Lunatic asylums Punjab 1895-1910 - 1895-1910
Year: 1895
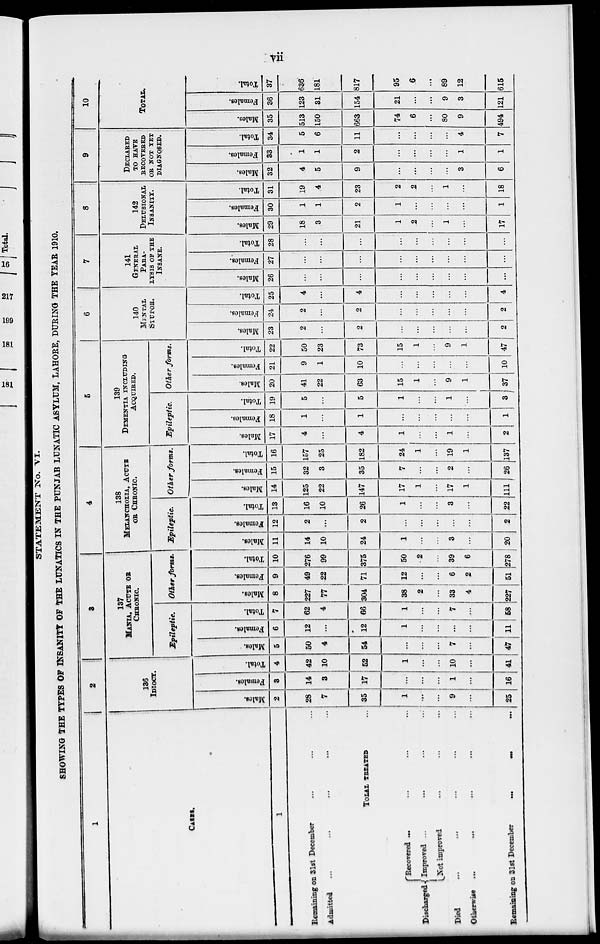
vii
STATEMENT No. VI.
SHOWING THE TYPES OF INSANITY OF THE LUNATICS IN THE PUNJAB LUNATIC ASYLUM, LAHORE, DURING THE YEAR 1910.
1
CASES.
1
Remaining on 3lst December ... ... ...
Admitted ... ... ... ... ...
TOTAL TREATED ...
Discharged
Recovered ... ... ... ...
Improved ... ... ... ...
Not improved ... ... ...
Died ... ... ... ... ...
Otherwise ... ... ... ... ...
Remaining on 31st December
...
...
...
2
136
IDIOCY.
Males.
2
28
7
35
1
...
...
9
...
25
Females.
3
14
3
17
...
...
...
1
...
16
Total.
4
42
10
52
1
...
...
10
...
41
3
137
MANIA, ACUTE OR
CHRONIC.
Epileptic.
Males.
5
50
4
54
...
...
...
7
...
47
Females.
6
12
...
12
1
...
...
...
...
11
Total.
7
62
4
66
1
...
...
7
...
58
Other forms.
Males.
8
227
77
304
38
2
...
33
4
227
Females.
9
49
22
71
12
...
...
6
2
51
Total.
10
276
99
375
50
2
...
39
6
278
4
138
MELANCHOLIA, ACUTE
OR CHRONIC
Epileptic.
Males.
11
14
10
24
1
...
...
3
...
20
Females.
12
2
...
2
...
...
...
...
...
2
Total.
13
16
10
26
1
...
...
3
...
22
Other forms.
Males.
14
125
22
147
17
1
...
17
1
111
Females.
15
32
3
35
7
...
...
2
...
26
Total.
16
157
25
182
24
1
...
19
1
137
5
139
DEMENTIA INCLUDING
ACQUIRED.
Epileptic.
Males.
17
4
...
4
1
...
...
1
...
2
Females.
18
1
...
1
...
...
...
...
...
1
Total.
19
5
...
5
1
...
...
1
...
3
Other forms.
Males.
20
41
22
63
15
1
...
9
1
37
Females.
21
9
1
10
...
...
...
...
...
10
Total.
22
50
23
73
15
1
...
9
1
47
6
140
MENTAL
STUPOR.
Males.
23
2
...
2
...
...
...
...
...
2
Females.
24
2
...
2
...
...
...
...
...
2
Total.
25
4
...
4
...
...
...
...
...
4
7
141
GENERAL
PARA-
----- OF THE
INSANE.
Males.
26
...
...
...
...
...
...
...
...
...
Females.
27
...
...
...
...
...
...
...
...
...
Total.
28
...
...
...
...
...
...
...
...
...
8
142
DELUSIONAL
INSANITY.
Males.
29
18
3
21
1
2
...
1
...
17
Females.
30
1
1
2
1
...
...
...
...
1
Total.
31
19
4
23
2
2
...
1
...
18
9
DECLARED
TO HAVE
RECOVERED
OR NOT YET
DIAGNOSED.
Males.
32
4
5
9
...
...
...
...
3
6
Females.
33
1
1
2
...
...
...
...
1
1
Total.
34
5
6
11
...
...
...
...
4
7
10
TOTAL.
Males.
35
513
150
663
74
6
...
80
9
494
Females.
36
123
31
154
21
...
...
9
3
121
Total.
37
636
181
817
95
6
...
89
12
615